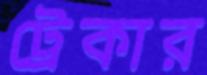
ট্রেকার